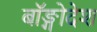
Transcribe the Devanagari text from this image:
बॉङ्गोदेश